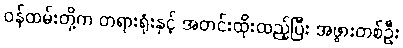
ဝန်ထမ်းတို့က တရားရုံးနှင့် အတင်းထိုးထည့်ပြီး အဖွားတစ်ဦး